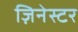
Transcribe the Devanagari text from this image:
ज़िनेस्टर